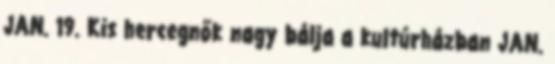
JAN. 19. Kis hercegnők nagy bálja a kultúrházban JAN.